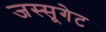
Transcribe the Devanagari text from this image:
जस्सूगेट